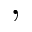
,